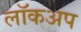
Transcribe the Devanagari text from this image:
लॉकअप